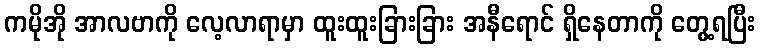
ကမိုအို အာလဗာကို လေ့လာရာမှာ ထူးထူးခြားခြား အနီရောင် ရှိနေတာကို တွေ့ရပြီး